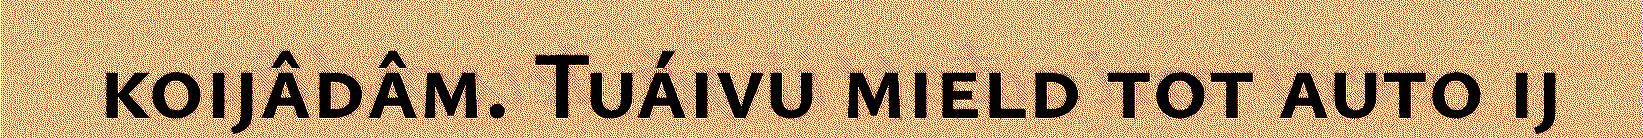
koijâdâm. Tuáivu mield tot auto ij